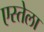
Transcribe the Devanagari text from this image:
एस्तेला